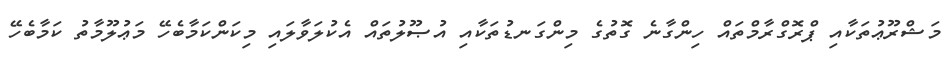
މަޝްރޫޢުތަކާއި ޕްރޮގްރާމްތައް ހިންގާނެ ގޮތުގެ މިންގަނޑުތަކާއި އުޞޫލުތައް އެކުލަވާލައި މިކަންކަމާބެހޭ މަޢުލޫމާތު ކަމާބެހޭ